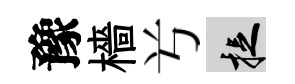
豫檣𠔃捉